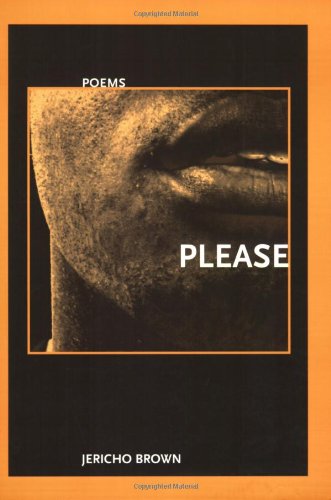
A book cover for Please (New Issues Poetry & Prose); Jericho Brown; Literature & Fiction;